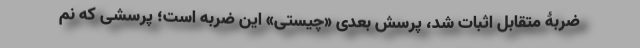
ضربۀ متقابل اثبات شد، پرسش بعدی «چیستی» این ضربه است؛ پرسشی که نم